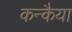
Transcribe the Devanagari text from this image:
कन्कैया